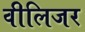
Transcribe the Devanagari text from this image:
वीलिजर